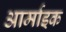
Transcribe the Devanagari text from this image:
आर्माइक